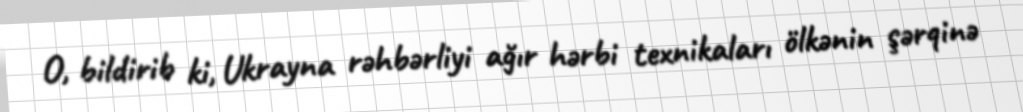
O, bildirib ki, Ukrayna rəhbərliyi ağır hərbi texnikaları ölkənin şərqinə